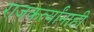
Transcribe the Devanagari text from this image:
राजकर्त्यांनाही